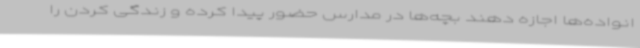
انواده‌ها اجازه دهند بچه‌ها در مدارس حضور پیدا کرده و زندگی کردن را